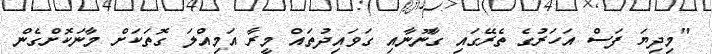
"މިދިޔަ ފަސް އަހަރުގެ ތެރޭގައި ގާނޫނާއި ގަވައިދުތައް މީރާ އަމިއްލަަ ގޮތަކަށް މާނަކޮށްގެން